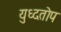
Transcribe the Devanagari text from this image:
युध्दतोप